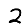
Digit: 2